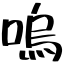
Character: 嗚